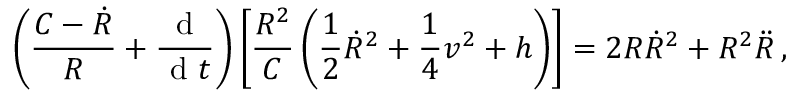
\left( \frac { C - \dot { R } } { R } + \frac { \mathrm { ~ d ~ } } { \mathrm { ~ d ~ } t } \right) \left[ \frac { R ^ { 2 } } { C } \left( \frac { 1 } { 2 } \dot { R } ^ { 2 } + \frac { 1 } { 4 } v ^ { 2 } + h \right) \right] = 2 R \dot { R } ^ { 2 } + R ^ { 2 } \ddot { R } \, ,